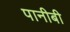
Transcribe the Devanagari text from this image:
पानीबी